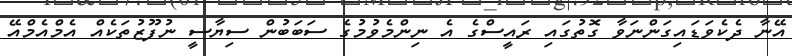
އޭނާ ދެކެވަޑައިގަންނަވާ ގޮތުގައި ރައީސްގެ އެ ނިންމެވުމުގެ ސަބަބުން ސިޔާސީ ނުފޫޒުތަކެއް އެމްއެމްއޭ